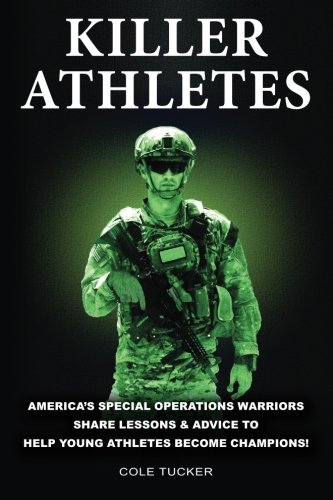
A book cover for Killer Athletes: America's Special Operations Warriors Share Lessons & Advice To Help Young Athletes Become Champions!; Cole Tucker; Sports & Outdoors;